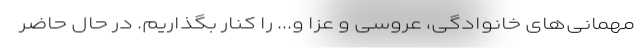
مهمانی‌های خانوادگی، عروسی و عزا و... را کنار بگذاریم. در حال حاضر